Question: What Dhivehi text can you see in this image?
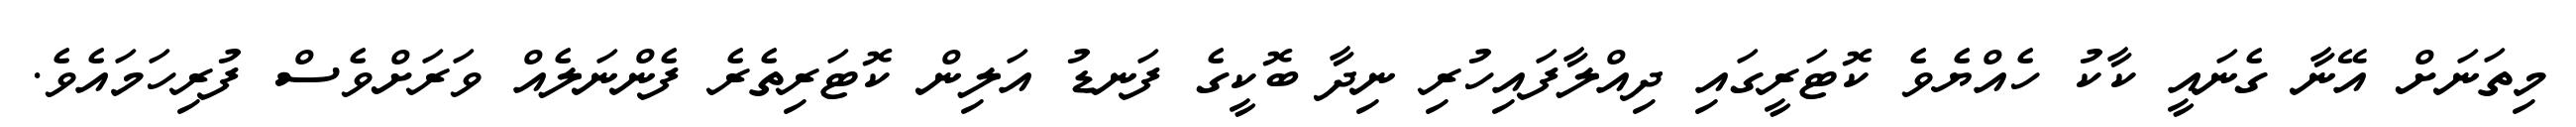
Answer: މިތަނަށް އޭނާ ގެނައީ ކާކު ހެއްޔެވެ ކޮޓަރީގައި ދިއްލާފައިހުރި ނިދާ ބޮކީގެ ފަނޑު އަލިން ކޮޓަރިތެރެ ފެންނަލެއް ވަރަށްވެސް ފުރިހަމައެވެ.